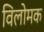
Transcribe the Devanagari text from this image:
विलोमक